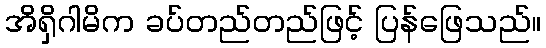
အိရှိဂါမိက ခပ်တည်တည်ဖြင့် ပြန်ဖြေသည်။